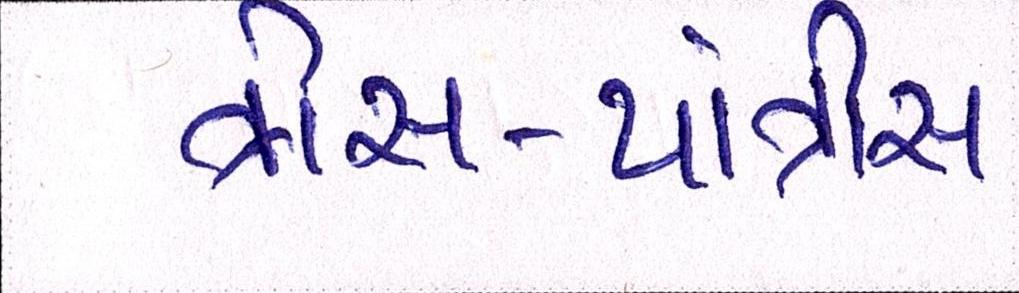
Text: ત્રીસ-પાંત્રીસ